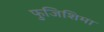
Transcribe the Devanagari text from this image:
फुजिशिमा